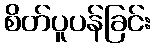
စိတ်ပူပန်ခြင်း